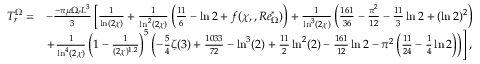
\begin{array} { r l } { T _ { r } ^ { \Omega } = } & { - \frac { - \pi \mu \Omega _ { r } L ^ { 3 } } { 3 } \left[ \frac { 1 } { \ln ( 2 \chi ) } + \frac { 1 } { \ln ^ { 2 } ( 2 \chi ) } \left( \frac { 1 1 } { 6 } - \ln 2 + f ( \chi , , R e _ { \Omega } ^ { * } ) \right) + \frac { 1 } { \ln ^ { 3 } ( 2 \chi ) } \left( \frac { 1 6 1 } { 3 6 } - \frac { \pi ^ { 2 } } { 1 2 } - \frac { 1 1 } { 3 } \ln 2 + ( \ln 2 ) ^ { 2 } \right) \right. } \\ & { \left. + \frac { 1 } { \ln ^ { 4 } ( 2 \chi ) } \left( 1 - \frac { 1 } { ( 2 \chi ) ^ { 1 . 2 } } \right) ^ { 5 } \left( - \frac { 5 } { 4 } \zeta ( 3 ) + \frac { 1 0 3 3 } { 7 2 } - \ln ^ { 3 } ( 2 ) + \frac { 1 1 } { 2 } \ln ^ { 2 } ( 2 ) - \frac { 1 6 1 } { 1 2 } \ln 2 - \pi ^ { 2 } \left( \frac { 1 1 } { 2 4 } - \frac { 1 } { 4 } \ln 2 \right) \right) \right] , } \end{array}